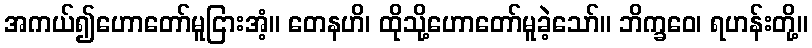
အကယ်၍ဟောတော်မူငြားအံ့။ တေနဟိ၊ ထိုသို့ဟောတော်မူခဲ့သော်။ ဘိက္ခဝေ၊ ရဟန်းတို့။